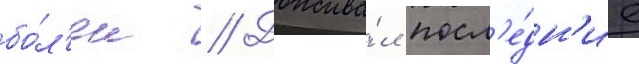
бо́л'ен // Дожива́л посл'е́дн'ие